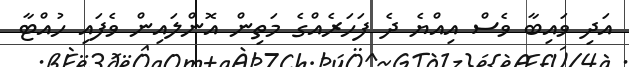
އަދި ވައިބާ ވެސް އިއްޔެ ދެ ފަހަރެއްގެ މަތިން އޮންލައިން ވެފައި ހުއްޓާ